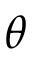
\theta